Calcutta medical institutions reports 1892-1900
Year: 1892
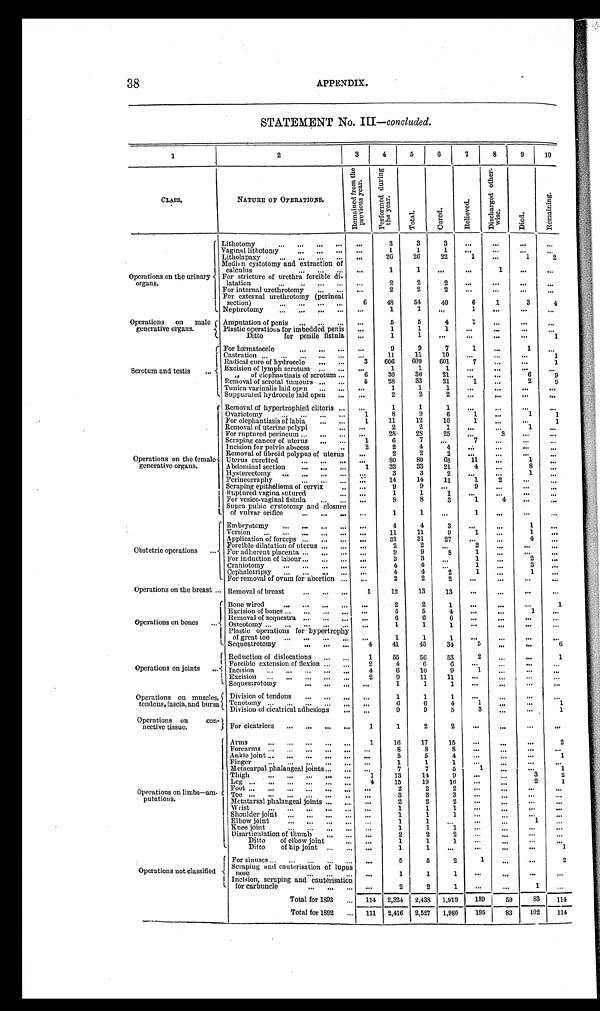
38
APPENDIX.
STATEMENT No. III— concluded.
1
2
3
4
5
6
7
8
9
10
CLASS.
NATURE OF OPERATIONS.
R e m a i n e d f r o m t h e
p r e v i o u s y e a r .
P e r f o r m e d d u r i n g
t he year .
T o t a l .
C u r e d .
R e l i e v e d .
D i s c h a r g e o t h e r -
w i s e .
D i e d .
R e m a i n i n g .
Operations on the urinary
organs.
Lithotomy
. . .
... . . . ...
. . .
3
3
3
. . .
. . .
. . . . . .
Vaginal lithotomy
... ... ...
. . .
1
1
1
. . .
. . .
. . .
. . .
Litholapaxy
. . .
... ... ...
. . .
26
26
22
1
. . .
1
2
Median cystotomy and extraction of
calculus
... ... ...
. . .
1
1
. . .
. . .
1
. . . . . .
For stricture of urethra, forcible di-
latation
. . .
... ... ...
. . .
2
2
2
. . .
...
. . .
. . .
For internal urethrotomy ... ...
. . .
2
2
2
. . .
. . .
. . . . . .
For external urethrotomy (perineal
section)
. . . . . . ... ...
6
48
54
40
6
1
3
4
Nephrotomy
. . . . . . ... ...
. . .
1
1
. . .
1
. . .
. . . . . .
Operations on male
generative organs.
Amputation of penis
. . .
... ...
. . .
5
5
4
1
. . .
. . .
. . .
Plastic operations for imbedded penis
. . .
1
1
1
. . .
. . .
. . .
. . .
Ditto for penile fistula
. . .
1
1
. . . ...
. . .
. . .
1
Scrotum and testis
. . .
For hæmatocele
. . .
... ...
. . .
9
9
7
1
. . .
1
. . .
Castration . . .
. . .
. . . ... ...
. . .
11
11
10
. . .
. . .
. . .
1
Radical cure of hydrocele ... ...
3
606
609
601
7
. . .
. . .
1
Excision of lymph scrotum ... ...
. . .
1
1
1
. . .
. . .
. . .
. . .
,, of elephantiasis of scrotum ...
6
30
36
21
...
. . .
6
9
Removal of scrotal tumours ... ...
5
28
33
21
1
. . .
2
9
Tunica vaginalis laid open ... ...
. . .
1
1
1
. . .
. . .
. . . . . .
Suppurated hydrocele laid open ...
. . .
2
2
2
. . .
. . .
. . .
. . .
Operations on the female
generative organs.
Removal of hypertrophied clitoris ...
. . .
1
1
1
. . .
. . .
. . .
. . .
Ovariotomy
. . .
. . . ... ...
1
8
9
6
1
. . .
1
1
For elephantiasis of labia ... ...
1
11
12
10
1
. . .
. . .
1
Removal of uterine polypi
...
. . . 2
2
1
...
. . .
1
. . .
For ruptured perineum
...
... ...
. . . 28
28
25
...
3
......
Scraping cancer of uterus
... ...
1
6
7
. . .
7
...
. . .
. . .
I n c i s i o n
for pelvic a b s c e s s
. .
2
2
4
4
...
...
. . . ...
Removal of fibroid polypus of uterus
. . .
2
2
2
...
...
. . . ...
Uterus curetted
. . .
...
...
. . . 80
80
68
11
...
1
...
Abdominal section
. . . ... ...
1
32
33
21
4
...
8 ...
Hysterectomy ...
. . . ... ...
. . .
3
3
2
...
...
1
...
Perineorraphy
. . . ... ...
. . .
14
14
11
1
2
. . .
. . .
Scraping epithelioma of cervix
.. . . .
9
9
. . .
9
...
. . . ...
Ruptured vagina sutured
...
. . .
1
1
1
...
...
. . . ...
For vesico-vaginal fistula ... ...
. . .
8
8
3
1
4
. . . ...
Supra pubic cystotomy and closure
of vulvar orifice
. . .
... ...
. . .
1
1
. . .
1
...
. . . ...
Obstetric operations
. . .
Embryotomy
. . .
. . .
... ...
. . .
4
4
3
...
...
1
...
Version ...
. . .
. . .
... ...
. . .
11
11
9
1 ...
1
. . .
Application of forceps ... ...
. . .
. . .
31
31
27
...
...
4
...
Forcible dilatation of uterus ...
. . .
. . .
2
2
. . .
2
...
. . . ...
For adherent placenta ... ...
. . .
. . .
9
9
8
1
...
. . . ...
For induction of labour ... ...
. . .
. . .
3
3
. . .
1 ...
2
...
Craniotomy
. . .
... ...
...
. . .
4
4
2
1
...
3
. . .
Cephalotripsy
. . .
... ...
...
. . .
4
4
2
1
...
1
...
For removal of ovum for abortion . . .
. . .
2
2
2
...
...
. . .
. . .
Operations on the breast . . . Removal of breast ...
. . . ...
1
12
13
13
...
...
. . . ...
Operations on bones
. . . Bone wired
. . .
...
. . . ...
. . .
2
2
1
...
...
. . .
1
Excision of bones . . . . . .
. . . . . .
. . .
5
5
4
...
...
1
...
Removal of sequestra . . .
. . . . . .
. . .
6
6
6
...
...
. . . ...
Osteotomy ... . . .
. . .
. . . . . .
. . .
1
1
1
... ...
. . .
. . .
Plastic operations for hypertrophy
of great toe
...
. . . . . .
. . .
. . .
1
1
1
...
. . .
. . .
. . .
Sequestrotomy
. . . . . . ...
4
41
45
3 4
5
. . .
. . .
6
Operations on joints
. . . Reduction of dislocations
. . . . . .
1
55
56
53
2
. . .
. . .
1
Forcible extension of flexion . . . . . .
2
4
6
6
. . .
...
. . .
. . .
Incision ... ...
. . . . . . ...
4
6
10
9
1
. . .
. . .
. . .
Excision ... ...
. . . ... ...
2
9
11
11
. . .
...
. . .
. . .
Sequestrotomy
. . . . . . ...
. . .
1
1
1
. . .
. . .
. . .
. . .
Operations on muscles,
tendons, fascia., and bursa
Division of tendons
. . .
. . . . . . . . .
1
1
1
. . .
. . .
. . .
. . .
Tenotomy ...
. . .
. . .
. . . . . .
. . .
6
6
4
1
. . .
...
1
Division of cicatrical adhesions
. . .
. . .
9
9
5
3
...
. . .
1
Operations on con-
nective tissue.
For cicatrices ... ...
. . .
...
1
1
2
2
. . .
...
. . .
. . .
Operations on limbs—am-
putations.
Arms
. . .
...
. . .
...
. . . 1
16
17
15
. . .
. . .
. . .
2
Forearms . . .
..
. . .
...
. . .
. . .
8
8
8
. . .
. . .
. . .
. . .
Ankle joint . . . ...
. . . ...
. . .
. . .
5
5
4 ...
...
. . .
1
Finger
. . . ...
. . . ... ...
. . .
1
1
1
. . .
. . .
. . .
. . .
Metacarpal phalangeal joints ... ...
. . .
7
7
5
1
...
...
1
Thigh
. . . ...
. . . ...
. . . 1
13
14
9
. . .
...
3
2
Leg
. . . . . . ...
. . . ...
. . . 4
15
19
16
. . .
. . .
2
1
Foot
. . . . . . ...
. . . ...
. . .
. . .
2
2
2 ...
. . .
. . .
. . .
Toe . . . . . .
...
. . . ...
. . . . . .
3
3
3
. . .
...
. . .
. . .
Metatarsal phalangeal joints ...
. . .
. . .
2
2
2
. . .
. . .
. . .
. . .
Wrist
. . .
...
. . . ...
. . .
. . .
1
1
1
...
...
. . .
. . .
Shoulder joint ...
. . . ...
. . .
. . .
1
1
1 ...
. . .
. . .
. . .
Elbow joint
...
. . . ...
. . .
. . .
1
1
. . .
. . .
...
1
. . .
Knee joint
...
. . . ...
. . .
. . .
1
1
1 ...
. . .
. . .
. . .
Disarticulation of thumb ...
. . .
. . .
2
2
2
. . .
. . .
. . .
. . .
Ditto of elbow joint
. . .
. . .
1
1
1
. . .
...
. . .
. . .
Ditto of hip joint ...
. . .
. . .
1
1
. . .
. . .
. . .
. . .
1
Operations not classified
For sinuses . . . ...
. . . ...
. . .
. . .
5
5
2
1 ...
. . .
2
Scraping and cauterisation of lupus
nose
. . .
...
. . .
. . .
1
1
1
. . . ...
. . .
. . .
Incision, scraping and cauterisation
for carbuncle
. . .
...
. . .
. . . 2
2
1
. . .
. . .
1
. . .
Total for 1893
. . . 114 2,324 2,438 1,919
189
59
83
114
Total for 1892
. . .
1 1 1 2,416 2,527 1,980
195
83
102
114